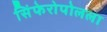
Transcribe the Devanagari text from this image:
सिंफेरोपोलला